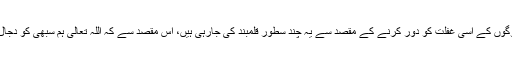
دجال کے بارے میں لوگوں کے اسی غفلت کو دور کرنے کے مقصد سے یہ چند سطور قلمبند کی جارہی ہیں، اس مقصد سے کہ اللہ تعالیٰ ہم سبھی کو دجال کے فتنہ سے بچائے ۔